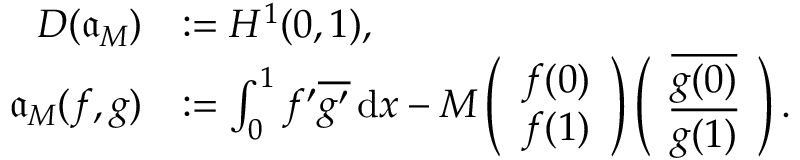
\begin{array} { r l } { D ( { \mathfrak a } _ { M } ) } & { : = H ^ { 1 } ( 0 , 1 ) , } \\ { { \mathfrak a } _ { M } ( f , g ) } & { : = \int _ { 0 } ^ { 1 } f ^ { \prime } \overline { { g ^ { \prime } } } \, \mathrm { d } x - M \left( \begin{array} { l } { f ( 0 ) } \\ { f ( 1 ) } \end{array} \right) \left( \begin{array} { l } { \overline { { g ( 0 ) } } } \\ { \overline { { g ( 1 ) } } } \end{array} \right) . } \end{array}